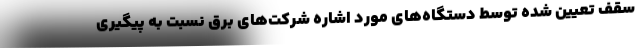
سقف تعیین شده توسط دستگاه‌های مورد اشاره شرکت‌های برق نسبت به پیگیری